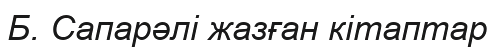
Б. Сапарәлі жазған кітаптар